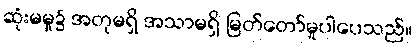
ဆုံးမမှု၌ အတုမရှိ အသာမရှိ မြတ်တော်မူပါပေသည်။